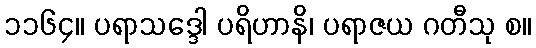
၁၁၆၄။ ပရာသဒ္ဒေါ ပရိဟာနိ၊ ပရာဇယ ဂတီသု စ။